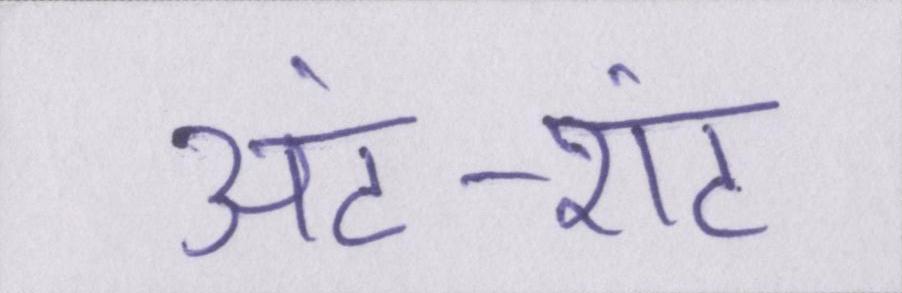
अंट-शंट